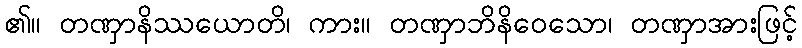
၏။ တဏှာနိဿယောတိ၊ ကား။ တဏှာဘိနိဝေသော၊ တဏှာအားဖြင့်